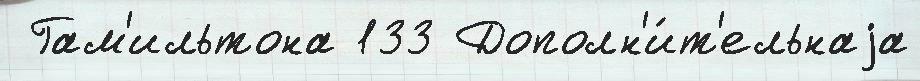
 Гам'ильтона 133 Дополн'и́т'ельнаjа